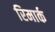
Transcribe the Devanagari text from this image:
रिमार्क